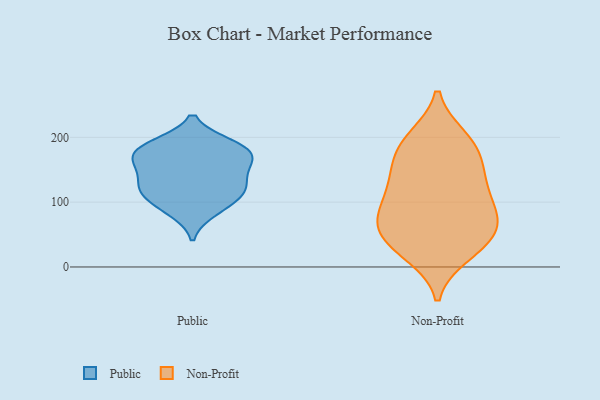
{"axis": {"x": "Bounce Rate (%)", "y": "Value"}, "legend": ["Non-Profit", "Public"], "data": [{"x": "", "y": 189, "type": "Public"}, {"x": "", "y": 175, "type": "Public"}, {"x": "", "y": 153, "type": "Public"}, {"x": "", "y": 126, "type": "Public"}, {"x": "", "y": 113, "type": "Public"}, {"x": "", "y": 184, "type": "Public"}, {"x": "", "y": 164, "type": "Public"}, {"x": "", "y": 186, "type": "Public"}, {"x": "", "y": 96, "type": "Public"}, {"x": "", "y": 86, "type": "Public"}, {"x": "", "y": 159, "type": "Public"}, {"x": "", "y": 124, "type": "Public"}, {"x": "", "y": 122, "type": "Public"}, {"x": "", "y": 84, "type": "Non-Profit"}, {"x": "", "y": 200, "type": "Non-Profit"}, {"x": "", "y": 27, "type": "Non-Profit"}, {"x": "", "y": 197, "type": "Non-Profit"}, {"x": "", "y": 126, "type": "Non-Profit"}, {"x": "", "y": 108, "type": "Non-Profit"}, {"x": "", "y": 59, "type": "Non-Profit"}, {"x": "", "y": 50, "type": "Non-Profit"}, {"x": "", "y": 194, "type": "Non-Profit"}, {"x": "", "y": 159, "type": "Non-Profit"}, {"x": "", "y": 27, "type": "Non-Profit"}, {"x": "", "y": 65, "type": "Non-Profit"}, {"x": "", "y": 123, "type": "Non-Profit"}, {"x": "", "y": 70, "type": "Non-Profit"}, {"x": "", "y": 19, "type": "Non-Profit"}, {"x": "", "y": 63, "type": "Non-Profit"}, {"x": "", "y": 163, "type": "Non-Profit"}, {"x": "", "y": 157, "type": "Non-Profit"}, {"x": "", "y": 101, "type": "Non-Profit"}]}